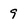
Character: 9